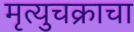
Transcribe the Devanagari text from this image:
मृत्युचक्राचा